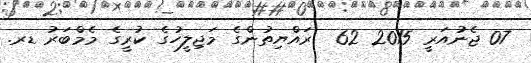
07 ޖެނުއަރީ 2015 62  ރައްޔިތުންގެ މަޖިލީހުގެ ކުރީގެ މެމްބަރު ޑރ.